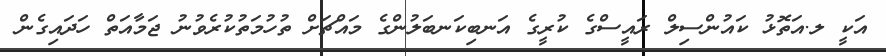
އަކީ ލ.އަތޮޅު ކައުންސިލް ރައީސްގެ ކުރީގެ އަނބިކަނބަލުންގެ މައްޗަށް ތުހުމަތުކުރެވުނު ޖަމާއަތް ހަދައިގެން